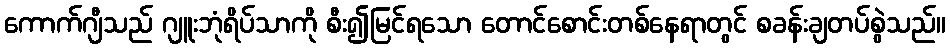
ကောက်ဂျီသည် ဂျူးဘုံရိပ်သာကို စီး၍မြင်ရသော တောင်စောင်းတစ်နေရာတွင် စခန်းချတပ်စွဲသည်။